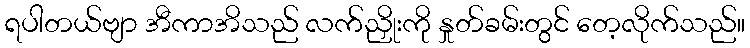
ရပါတယ်ဗျာ အီကာအိသည် လက်ညှိုးကို နှုတ်ခမ်းတွင် တေ့လိုက်သည်။